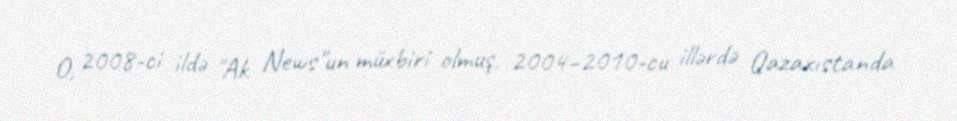
O, 2008-ci ildə "Ak News"un müxbiri olmuş, 2004–2010-cu illərdə Qazaxıstanda